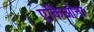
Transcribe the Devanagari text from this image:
एकिओना